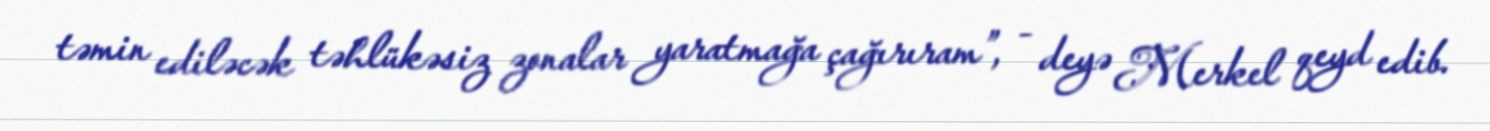
təmin ediləcək təhlükəsiz zonalar yaratmağa çağırıram”, - deyə Merkel qeyd edib.